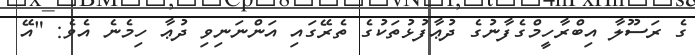
ގެ ރަސޫލާ އިބްރާހީމްގެފާނުގެ ދުޢާފުޅުތަކުގެ ތެރޭގައި އަންނަނިވި ދުޢާ ހިމެނެ އެވެ: "އޭ